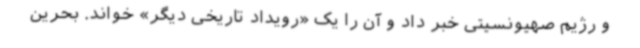
و رژیم صهیونسیتی خبر داد و آن را یک «رویداد تاریخی دیگر» خواند. بحرین